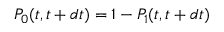
P _ { 0 } ( t , t + d t ) = 1 - P _ { 1 } ( t , t + d t )